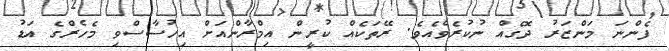
ފެންނަ މަންޒަރު ދޮގެއް ނުކުރެވެއެވެ. ރޭތަކެއް ކުރީން އިމްރާންއަށް އިހުސާސްވި މެހެރްގެ އަޑު